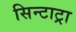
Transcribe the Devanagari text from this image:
सिन्टाट्रा